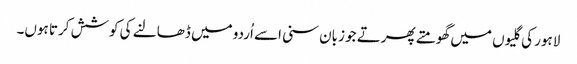
لاہور کی گلیوں میں گھومتے پھرتے جو زبان سنی اسے اُردو میں ڈھالنے کی کوشش کرتا ہوں۔